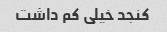
کنجد خیلی کم داشت